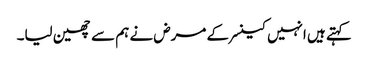
کہتے ہیں انہیں کینسر کے مرض نے ہم سے چھین لیا۔